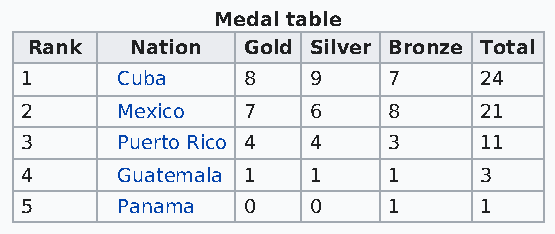
Medal table
 Rank   Nation Gold Silver Bronze Total
 1      Cuba    8   9     7     24
 2      Mexico  7   6     8     21
 3      Puerto Rico 4 4   3     11
 4      Guatemala 1 1     1     3
 5      Panama  0   0     1     1